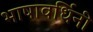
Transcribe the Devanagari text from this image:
भाषावर्धिनी